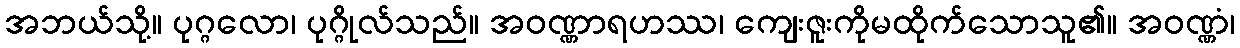
အဘယ်သို့။ ပုဂ္ဂလော၊ ပုဂ္ဂိုလ်သည်။ အဝဏ္ဏာရဟဿ၊ ကျေးဇူးကိုမထိုက်သောသူ၏။ အဝဏ္ဏံ၊